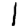
Digit: 1